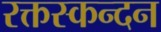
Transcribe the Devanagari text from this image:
रक्तस्कन्दन